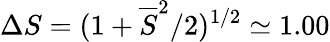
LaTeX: \Delta S=(1+\overline{{S}}^{2}/2)^{1/2}\simeq 1.00